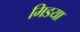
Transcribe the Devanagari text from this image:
मिडया